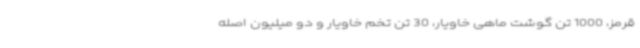
قرمز، 1000 تن گوشت ماهی خاویار، 30 تن تخم خاویار و دو میلیون اصله